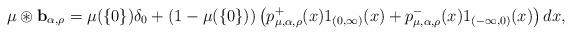
LaTeX: \begin{align*}\mu\circledast\mathbf{b}_{\alpha,\rho} = \mu(\{0\})\delta_0 + (1-\mu(\{0\}))\left(p^+_{\mu,\alpha,\rho}(x) 1_{(0,\infty)}(x)+ p^-_{\mu,\alpha,\rho}(x) 1_{(-\infty,0)}(x)\right)dx, \end{align*}